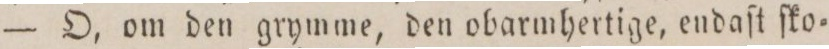
— O, om den grymme, den obarmhertige, endaſt ſko=